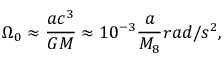
\Omega _ { 0 } \approx \frac { a c ^ { 3 } } { G M } \approx 1 0 ^ { - 3 } \frac { a } { M _ { 8 } } r a d / s ^ { 2 } ,